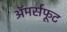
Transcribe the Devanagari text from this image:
अॅमर्सफूट